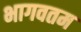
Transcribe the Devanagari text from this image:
भागवतम